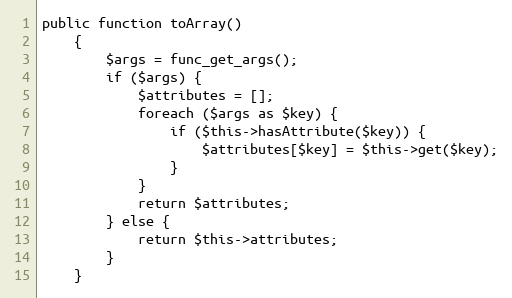
Language: PHP
public function toArray()
    {
        $args = func_get_args();
        if ($args) {
            $attributes = [];
            foreach ($args as $key) {
                if ($this->hasAttribute($key)) {
                    $attributes[$key] = $this->get($key);
                }
            }
            return $attributes;
        } else {
            return $this->attributes;
        }
    }